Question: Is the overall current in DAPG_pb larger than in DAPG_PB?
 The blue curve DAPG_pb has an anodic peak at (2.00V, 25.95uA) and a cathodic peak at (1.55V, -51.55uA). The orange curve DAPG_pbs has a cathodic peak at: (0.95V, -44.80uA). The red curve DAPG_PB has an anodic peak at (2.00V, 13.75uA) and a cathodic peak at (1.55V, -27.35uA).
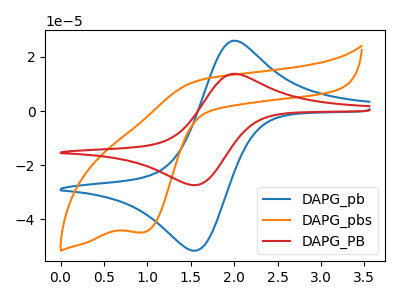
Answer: <think>All the peaks in "DAPG_pb" have a peak in "DAPG_PB" at the same potential. Every peak in "DAPG_pb" is higher than every peak in "DAPG_PB".
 </think>
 <answer>"DAPG_pb" has more signal than "DAPG_PB".</answer>
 <eval>more_signal</eval>